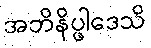
အဘိနိပ္ဖါဒေသိ